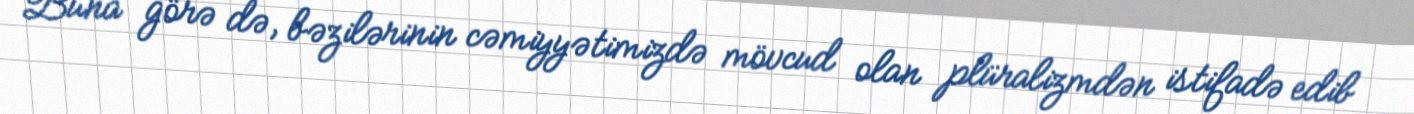
Buna görə də, bəzilərinin cəmiyyətimizdə mövcud olan plüralizmdən istifadə edib